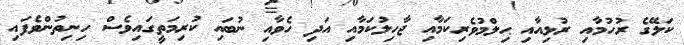
ކަލޭގެ ރުހުމާއި ރުޅިއާއި ޙިލްމުވެރިކަމާއި ޖާހިލުކަމާއި އަދި ހެވާއި ނުބައި ކުރިމަތީގައިވެސް ހިނިތުންވެފައި